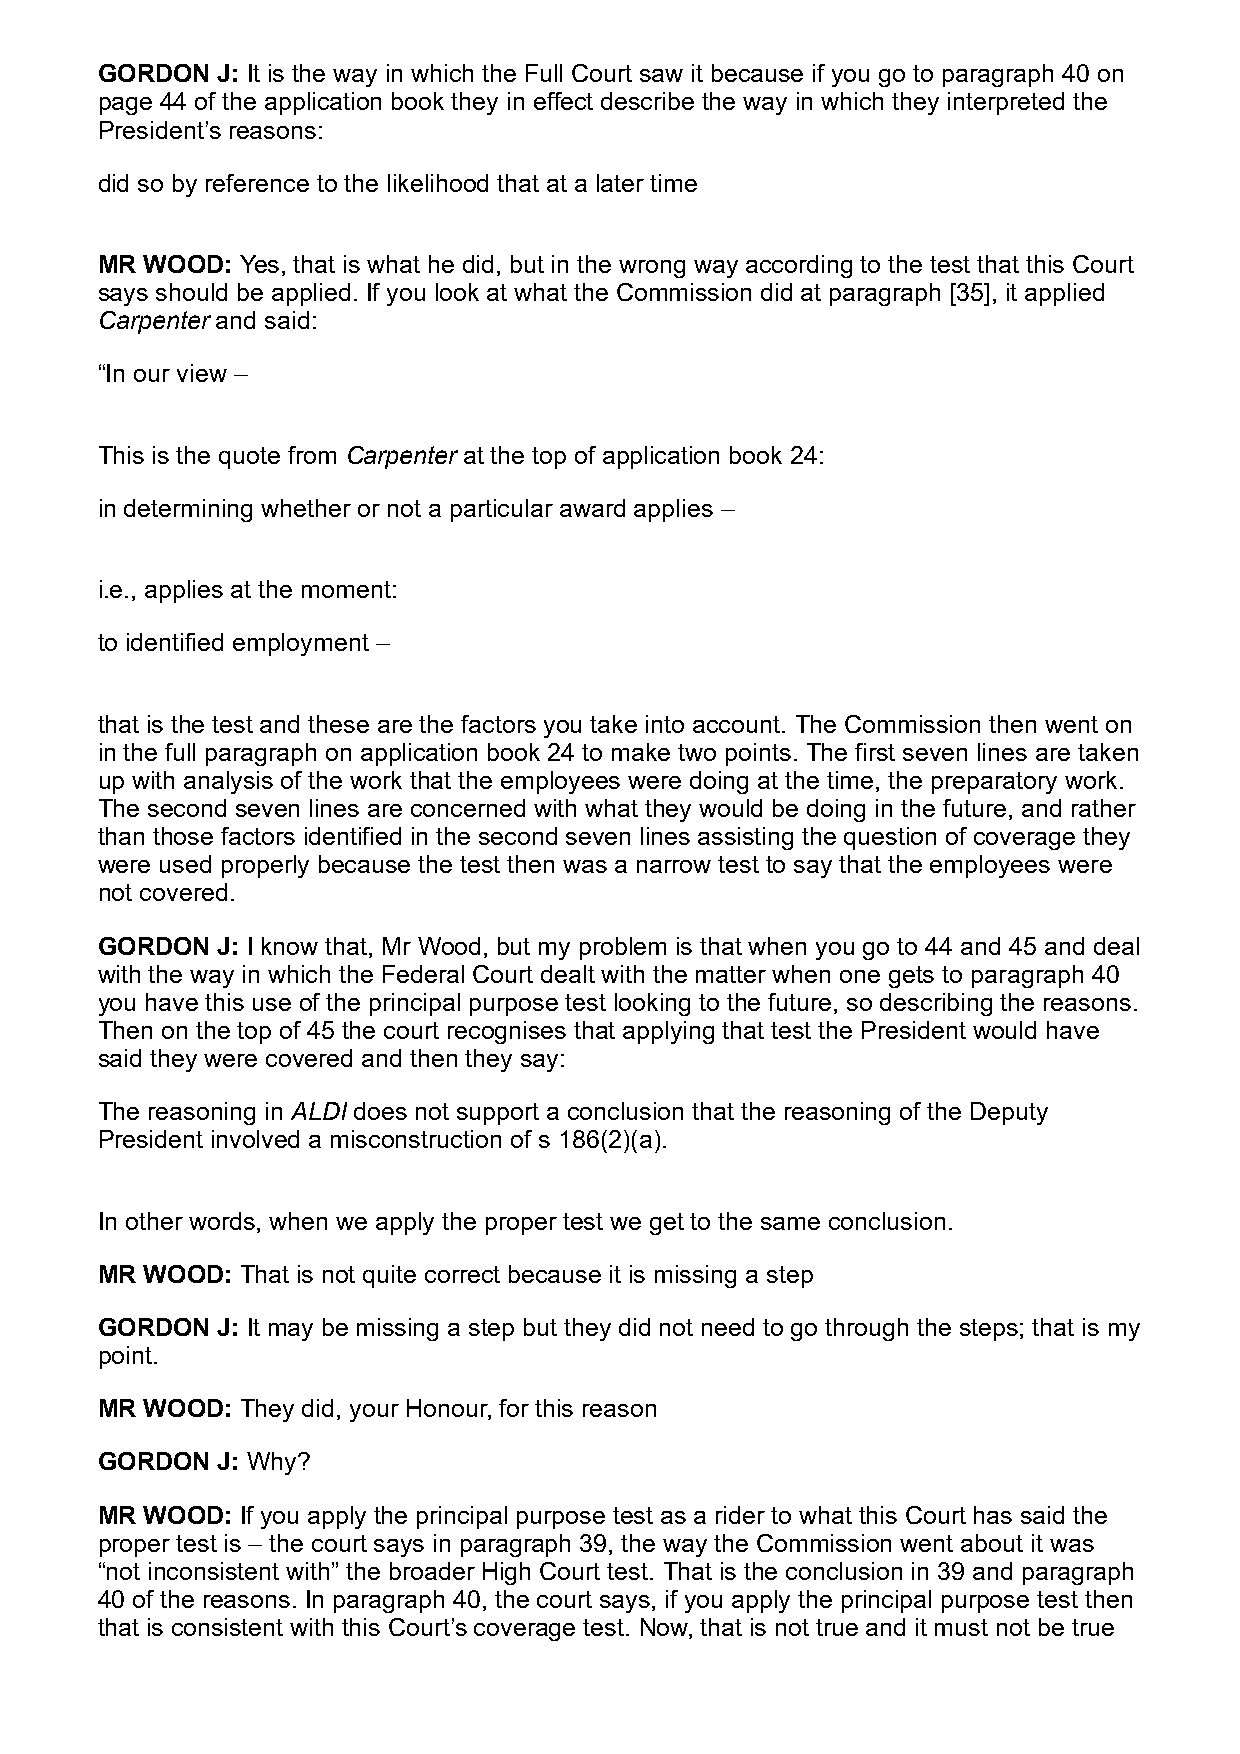
GORDON  J: It is the way in which the Full Court saw it because if you go to paragraph 40 on
 page 44 of the application book they in effect describe the way in which they interpreted the
 President’s reasons:
 did so by reference to the likelihood that at a later time
 MR  WOOD: Yes, that is what he did, but in the wrong way according to the test that this Court
 says should be applied. If you look at what the Commission did at paragraph [35], it applied
 Carpenter and said:
 “In our view –
 This is the quote from Carpenter at the top of application book 24:
 in determining whether or not a particular award applies –
 i.e., applies at the moment:
 to identified employment –
 that is the test and these are the factors you take into account. The Commission then went on
 in the full paragraph on application book 24 to make two points. The first seven lines are taken
 up with analysis of the work that the employees were doing at the time, the preparatory work.
 The second seven lines are concerned with what they would be doing in the future, and rather
 than those factors identified in the second seven lines assisting the question of coverage they
 were used properly because the test then was a narrow test to say that the employees were
 not covered.
 GORDON  J: I know that, Mr Wood, but my problem is that when you go to 44 and 45 and deal
 with the way in which the Federal Court dealt with the matter when one gets to paragraph 40
 you have this use of the principal purpose test looking to the future, so describing the reasons.
 Then on the top of 45 the court recognises that applying that test the President would have
 said they were covered and then they say:
 The reasoning in ALDI does not support a conclusion that the reasoning of the Deputy
 President involved a misconstruction of s 186(2)(a).
 In other words, when we apply the proper test we get to the same conclusion.
 MR  WOOD: That is not quite correct because it is missing a step
 GORDON  J: It may be missing a step but they did not need to go through the steps; that is my
 point.
 MR  WOOD: They did, your Honour, for this reason
 GORDON  J: Why?
 MR  WOOD: If you apply the principal purpose test as a rider to what this Court has said the
 proper test is – the court says in paragraph 39, the way the Commission went about it was
 “not inconsistent with” the broader High Court test. That is the conclusion in 39 and paragraph
 40 of the reasons. In paragraph 40, the court says, if you apply the principal purpose test then
 that is consistent with this Court’s coverage test. Now, that is not true and it must not be true